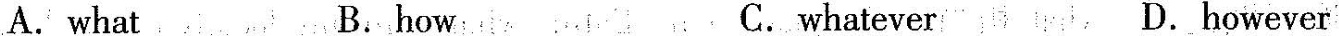
A. what B.how C.whatever D.however